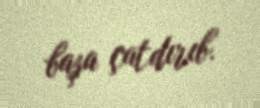
başa çatdırıb.